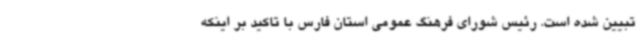
تبیین شده است. رئیس شورای فرهنگ عمومی استان فارس با تاکید بر اینکه